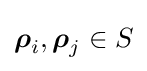
{\boldsymbol {\rho }}_{i},{\boldsymbol {\rho }}_{j}\in S